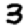
Digit: 3